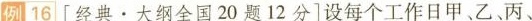
例16[经典·大纲全国20题12分]设每个工作日甲、乙、丙、